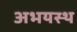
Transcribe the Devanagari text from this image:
अभयस्थ